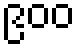
၉၀၀